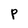
Character: P